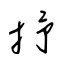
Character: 抒